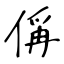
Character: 偁